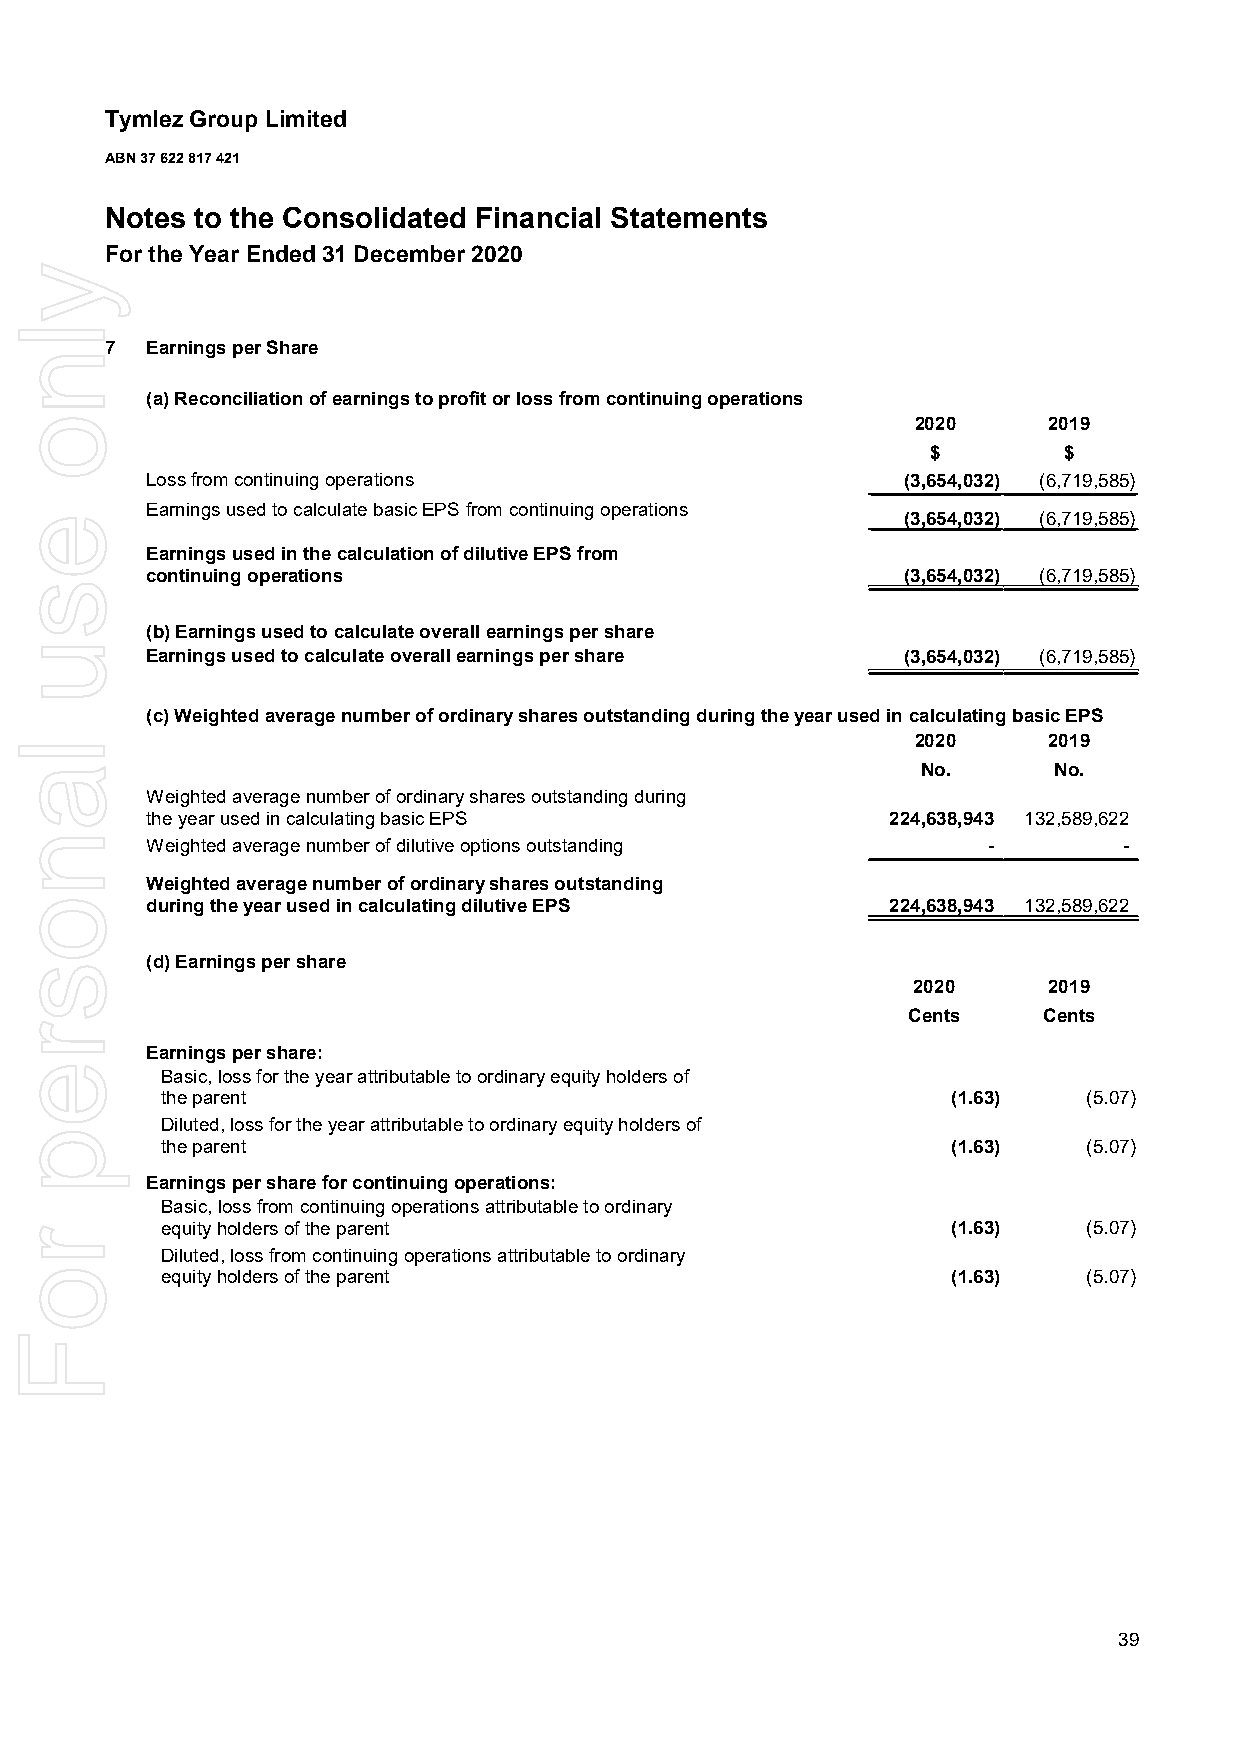
Tymlez Group Limited
 ABN 37 622 817 421
 Notes to the Consolidated Financial Statements
 For the Year Ended 31 December 2020
 7  Earnings per Share
 (a) Reconciliation of earnings to profit or loss from continuing operations
 2020    2019
 $       $
 Loss from continuing operations                   (3,654,032) (6,719,585)
 Earnings used to calculate basic EPS from continuing operations
 (3,654,032) (6,719,585)
 Earnings used in the calculation of dilutive EPS from
 continuing operations                             (3,654,032) (6,719,585)
 (b) Earnings used to calculate overall earnings per share
 Earnings used to calculate overall earnings per share (3,654,032) (6,719,585)
 (c) Weighted average number of ordinary shares outstanding during the year used in calculating basic EPS
 2020    2019
 No.      No.
 Weighted average number of ordinary shares outstanding during
 the year used in calculating basic EPS           224,638,943 132,589,622
 Weighted average number of dilutive options outstanding -       -
 Weighted average number of ordinary shares outstanding
 during the year used in calculating dilutive EPS 224,638,943 132,589,622
 (d) Earnings per share
 2020     2019
 Cents    Cents
 Earnings per share:
 Basic, loss for the year attributable to ordinary equity holders of
 the parent                                          (1.63)   (5.07)
 Diluted, loss for the year attributable to ordinary equity holders of
 the parent                                          (1.63)   (5.07)
 Earnings per share for continuing operations:
 Basic, loss from continuing operations attributable to ordinary
 equity holders of the parent                        (1.63)   (5.07)
 Diluted, loss from continuing operations attributable to ordinary
 equity holders of the parent                        (1.63)   (5.07)
 39
 ylno
 esu
 lanosrep
 roF